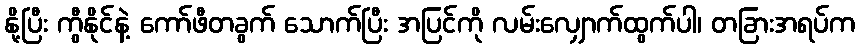
နို့ပြီး ကွီနိုင်နဲ့ ကော်ဖီတခွက် သောက်ပြီး အပြင်ကို လမ်းလျှောက်ထွက်ပါ၊ တခြားအရပ်က